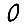
Digit: 0